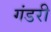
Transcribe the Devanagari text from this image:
गंडरी